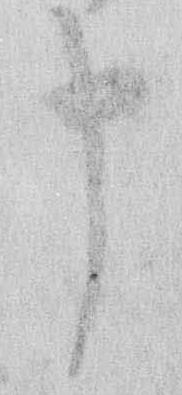
申